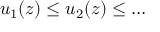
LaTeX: u _ { 1 } ( z ) \leq u _ { 2 } ( z ) \leq \dots